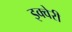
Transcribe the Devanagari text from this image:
इक्वेरी